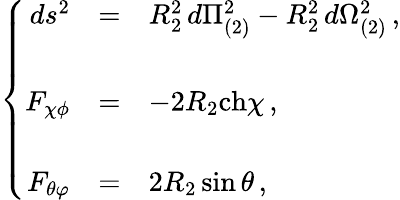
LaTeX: \left\{ \begin{array}{rcl}{{ds^{2}}}&{{=}}&{{R_{2}^{2}\, d\Pi_{(2)}^{2}-R_{2}^{2}\, d\Omega_{(2)}^{2}\, ,}}\\ {{}}&{{}}&{{}}\\ {{F_{\chi\phi}}}&{{=}}&{{-2R_{2}\mathrm{ch}\chi\, ,}}\\ {{}}&{{}}&{{}}\\ {{F_{\theta\varphi}}}&{{=}}&{{2R_{2}\sin{\theta}\, ,}}\end{array}\right.